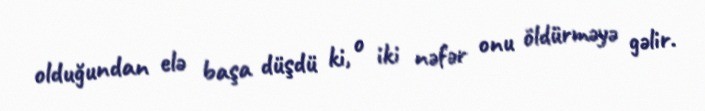
olduğundan elə başa düşdü ki, o iki nəfər onu öldürməyə gəlir.